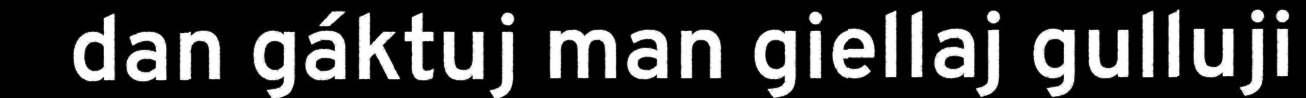
dan gáktuj man giellaj gulluji